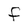
Character: F